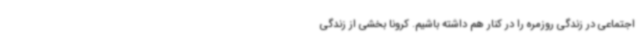
اجتماعی در زندگی روزمره را در کنار هم داشته باشیم. کرونا بخشی از زندگی